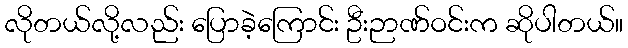
လိုတယ်လို့လည်း ပြောခဲ့ကြောင်း ဦးဉာဏ်ဝင်းက ဆိုပါတယ်။